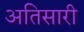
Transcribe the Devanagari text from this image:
अतिसारी